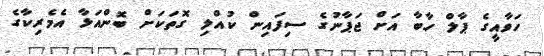
ހަވާއީގެ ޕާލް ހާބާ އަށް ޖަޕާނުގެ ސިފައިން ކުއްލި ގޮތަކަށް ބޮންއަޅާ އެމެރިކާގެ